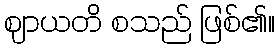
ဈာယတိ စသည် ဖြစ်၏။